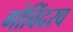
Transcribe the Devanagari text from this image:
गोविंदरव